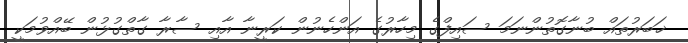
ޚަބަރުތައް ބުނާގޮތުންނަމަ ސައިފްގެ މިހާރުގެ އަންހެނުން ކަރީނާ އާއި ސާރާ ގާތްގުޅުން ބޭއްވުމަކީ